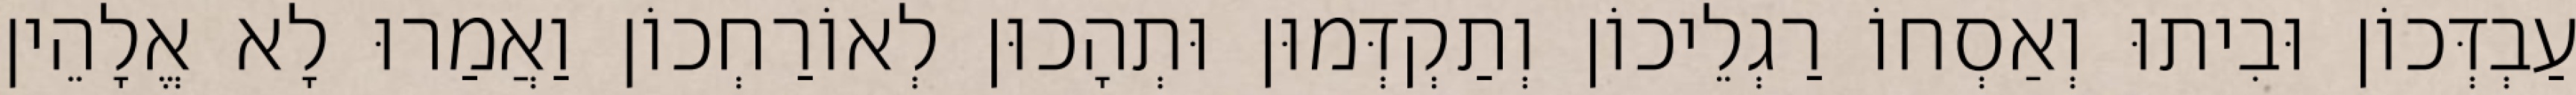
עַבְדְּכוֹן וּבִיתוּ וְאַסְחוֹ רַגְלֵיכוֹן וְתַקְדְּמוּן וּתְהָכוּן לְאוֹרַחְכוֹן וַאֲמַרוּ לָא אֱלָהֵין